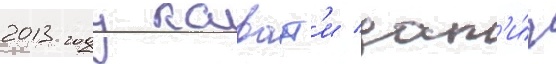
2013 году каваут'и дост'и́г